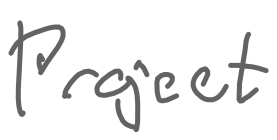
Text: Project
Cross-out: clean
Writing tool: digital_gray